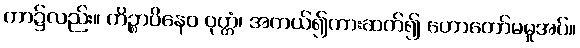
ကာ၌လည်း။ ကိဉ္စာပိနေဝ ဝုတ္တံ၊ အကယ်၍ကားဆက်၍ ဟောတော်မမူအပ်။